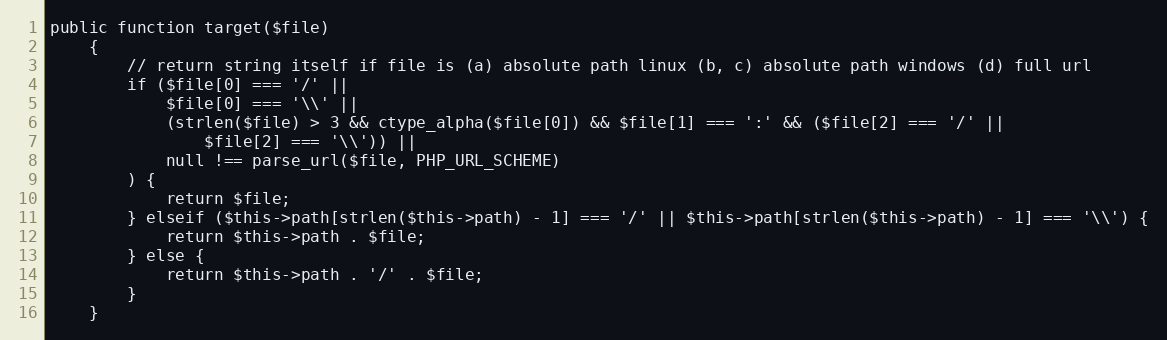
Language: PHP
public function target($file)
    {
        // return string itself if file is (a) absolute path linux (b, c) absolute path windows (d) full url
        if ($file[0] === '/' ||
            $file[0] === '\\' ||
            (strlen($file) > 3 && ctype_alpha($file[0]) && $file[1] === ':' && ($file[2] === '/' ||
                $file[2] === '\\')) ||
            null !== parse_url($file, PHP_URL_SCHEME)
        ) {
            return $file;
        } elseif ($this->path[strlen($this->path) - 1] === '/' || $this->path[strlen($this->path) - 1] === '\\') {
            return $this->path . $file;
        } else {
            return $this->path . '/' . $file;
        }
    }